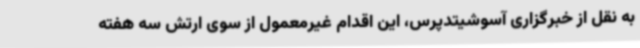
به نقل از خبرگزاری آسوشیتدپرس، این اقدام غیرمعمول از سوی ارتش سه هفته